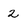
Character: 2